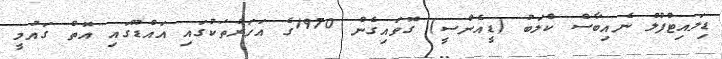
ޑިލައިޓްފުލް ނެއިބާސް ކްލަބު (ޑީއެންސީ) ގޮވައިގެން 1970ގެ އަހަރުތަކުގައި އައްޑޫގައި އޮތް ގައުމީ